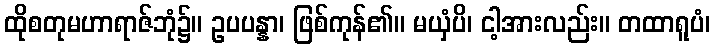
ထိုစတုမဟာရာဇ်ဘုံ၌။ ဥပပန္နာ၊ ဖြစ်ကုန်၏။ မယှံပိ၊ ငါ့အားလည်း။ တထာရူပံ၊